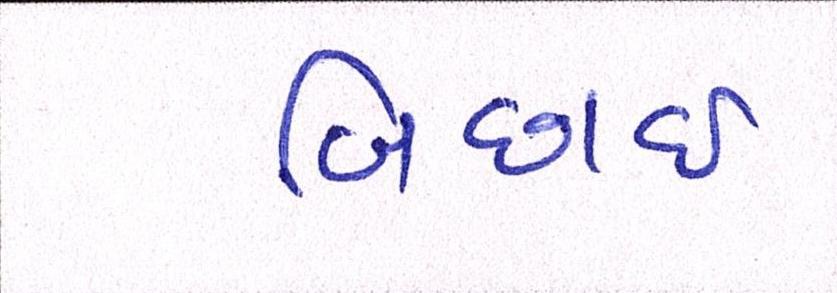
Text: બિછાઇ